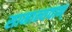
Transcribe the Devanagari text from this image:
सामान्यवान्